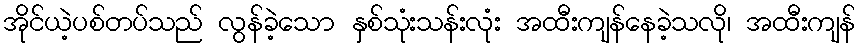
အိုင်ယဲ့ပစ်တပ်သည် လွန်ခဲ့သော နှစ်သုံးသန်းလုံး အထီးကျန်နေခဲ့သလို၊ အထီးကျန်